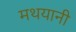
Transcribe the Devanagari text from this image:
मथयानी